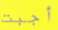
أجبت